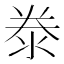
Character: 𣳾